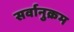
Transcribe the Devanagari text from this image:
सर्वानुक्रम